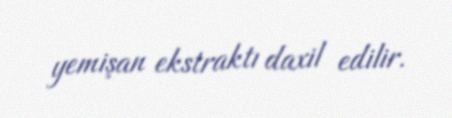
yemişan ekstraktı daxil edilir.